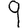
Digit: 9